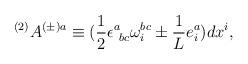
LaTeX: \begin{align*}^{(2)}A^{(\pm)a}\equiv (\frac{1}{2}\epsilon^{a}_{\mbox{ }bc}\omega^{bc}_{i}\pm\frac{1}{L}e^{a}_{i})dx^{i}, \end{align*}